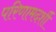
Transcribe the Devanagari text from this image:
परिणामदर्शी